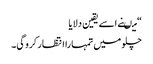
“ میںنے اسے یقین دلایا
چلو میں تمہارا انتظار کرو گی۔